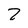
Character: 2